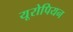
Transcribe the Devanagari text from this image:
यूरोपियन